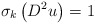
\begin{align*}\sigma_{k}\left( D^{2}u\right) =1\end{align*}